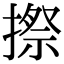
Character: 摖